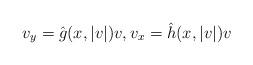
LaTeX: \begin{align*}v_y=\hat g(x,|v|)v,v_x=\hat h(x,|v|)v\end{align*}